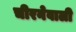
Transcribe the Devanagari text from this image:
चीरनेवाली